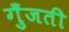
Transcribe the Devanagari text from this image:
गुँजती